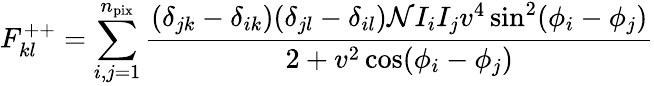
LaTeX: F_{kl}^{++}=\sum_{i,j=1}^{n_{\mathrm{pix}}}\frac{(\delta_{jk}-\delta_{ik})(\delta_{jl}-\delta_{il})\mathcal{N}I_{i}I_{j}v^{4}\sin^{2}(\phi_{i}-\phi_{j})}{2+v^{2}\cos(\phi_{i}-\phi_{j})}